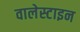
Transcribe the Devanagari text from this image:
वालेस्टाइन